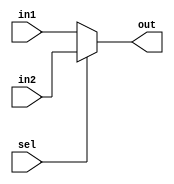
module mux (in1,in2,sel,out);
	input [31:0]in1,in2;
	input sel;
	output [31:0] out;
	assign out =(sel)?in2:in1;

endmodule